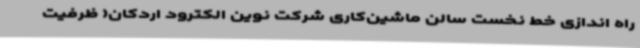
راه اندازی خط نخست سالن ماشین‌کاری شرکت نوین الکترود اردکان( ظرفیت